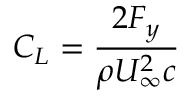
C _ { L } = \frac { 2 F _ { y } } { \rho U _ { \infty } ^ { 2 } c }